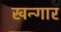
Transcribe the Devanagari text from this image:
खन्गार